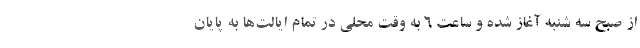
از صبح سه شنبه آغاز شده و ساعت 6 به وقت محلی در تمام ایالت‌ها به پایان